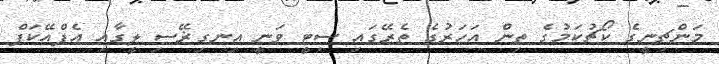
މަންޗިނީގެ ކޯޗުކަމުގެ ތިން އަހަރުގެ ތެރޭގައި ސިޓީ ވަނީ އިނގިޜޭސި ލީގާއި އެފްއޭކަޕް